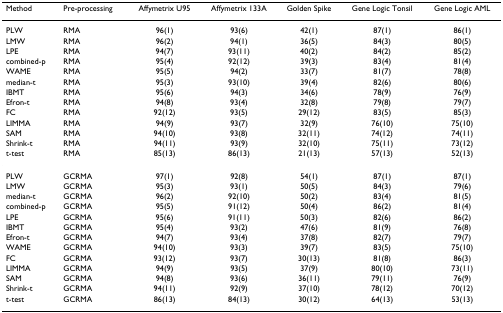
<table><thead><tr><td><b>Method</b></td><td><b>Pre-processing</b></td><td><b>Affymetrix U95</b></td><td><b>Affymetrix 133A</b></td><td><b>Golden Spike</b></td><td><b>Gene Logic Tonsil</b></td><td><b>Gene Logic AML</b></td></tr></thead><tbody><tr><td>PLW</td><td>RMA</td><td>96(1)</td><td>93(6)</td><td>42(1)</td><td>87(1)</td><td>86(1)</td></tr><tr><td>LMW</td><td>RMA</td><td>96(2)</td><td>94(1)</td><td>36(5)</td><td>84(3)</td><td>80(5)</td></tr><tr><td>LPE</td><td>RMA</td><td>94(7)</td><td>93(11)</td><td>40(2)</td><td>84(2)</td><td>85(2)</td></tr><tr><td>combined-p</td><td>RMA</td><td>95(4)</td><td>92(12)</td><td>39(3)</td><td>83(4)</td><td>81(4)</td></tr><tr><td>WAME</td><td>RMA</td><td>95(5)</td><td>94(2)</td><td>33(7)</td><td>81(7)</td><td>78(8)</td></tr><tr><td>median-t</td><td>RMA</td><td>95(3)</td><td>93(10)</td><td>39(4)</td><td>82(6)</td><td>80(6)</td></tr><tr><td>IBMT</td><td>RMA</td><td>95(6)</td><td>94(3)</td><td>34(6)</td><td>78(9)</td><td>76(9)</td></tr><tr><td>Efron-t</td><td>RMA</td><td>94(8)</td><td>93(4)</td><td>32(8)</td><td>79(8)</td><td>79(7)</td></tr><tr><td>FC</td><td>RMA</td><td>92(12)</td><td>93(5)</td><td>29(12)</td><td>83(5)</td><td>85(3)</td></tr><tr><td>LIMMA</td><td>RMA</td><td>94(9)</td><td>93(7)</td><td>32(9)</td><td>76(10)</td><td>75(10)</td></tr><tr><td>SAM</td><td>RMA</td><td>94(10)</td><td>93(8)</td><td>32(11)</td><td>74(12)</td><td>74(11)</td></tr><tr><td>Shrink-t</td><td>RMA</td><td>94(11)</td><td>93(9)</td><td>32(10)</td><td>75(11)</td><td>73(12)</td></tr><tr><td>t-test</td><td>RMA</td><td>85(13)</td><td>86(13)</td><td>21(13)</td><td>57(13)</td><td>52(13)</td></tr><tr><td>PLW</td><td>GCRMA</td><td>97(1)</td><td>92(8)</td><td>54(1)</td><td>87(1)</td><td>87(1)</td></tr><tr><td>LMW</td><td>GCRMA</td><td>95(3)</td><td>93(1)</td><td>50(5)</td><td>84(3)</td><td>79(6)</td></tr><tr><td>median-t</td><td>GCRMA</td><td>96(2)</td><td>92(10)</td><td>50(2)</td><td>83(4)</td><td>81(5)</td></tr><tr><td>combined-p</td><td>GCRMA</td><td>95(5)</td><td>91(12)</td><td>50(4)</td><td>86(2)</td><td>81(4)</td></tr><tr><td>LPE</td><td>GCRMA</td><td>95(6)</td><td>91(11)</td><td>50(3)</td><td>82(6)</td><td>86(2)</td></tr><tr><td>IBMT</td><td>GCRMA</td><td>95(4)</td><td>93(2)</td><td>47(6)</td><td>81(9)</td><td>76(8)</td></tr><tr><td>Efron-t</td><td>GCRMA</td><td>94(7)</td><td>93(4)</td><td>37(8)</td><td>82(7)</td><td>79(7)</td></tr><tr><td>WAME</td><td>GCRMA</td><td>94(10)</td><td>93(3)</td><td>39(7)</td><td>83(5)</td><td>75(10)</td></tr><tr><td>FC</td><td>GCRMA</td><td>93(12)</td><td>93(7)</td><td>30(13)</td><td>81(8)</td><td>86(3)</td></tr><tr><td>LIMMA</td><td>GCRMA</td><td>94(9)</td><td>93(5)</td><td>37(9)</td><td>80(10)</td><td>73(11)</td></tr><tr><td>SAM</td><td>GCRMA</td><td>94(8)</td><td>93(6)</td><td>36(11)</td><td>79(11)</td><td>76(9)</td></tr><tr><td>Shrink-t</td><td>GCRMA</td><td>94(11)</td><td>92(9)</td><td>37(10)</td><td>78(12)</td><td>70(12)</td></tr><tr><td>t-test</td><td>GCRMA</td><td>86(13)</td><td>84(13)</td><td>30(12)</td><td>64(13)</td><td>53(13)</td></tr></tbody></table>